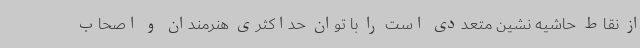
از نقاط حاشیه نشین متعددی است را با توان حداکثری هنرمندان و اصحاب